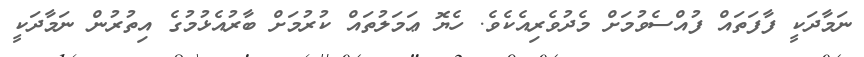
ނަމާދަކީ ފާފަތައް ފުއްސެވުމަށް މެދުވެރިއެކެވެ. ހެޔޮ ޢަމަލުތައް ކުރުމަށް ބާރުއެޅުމުގެ އިތުރުން ނަމާދަކީ